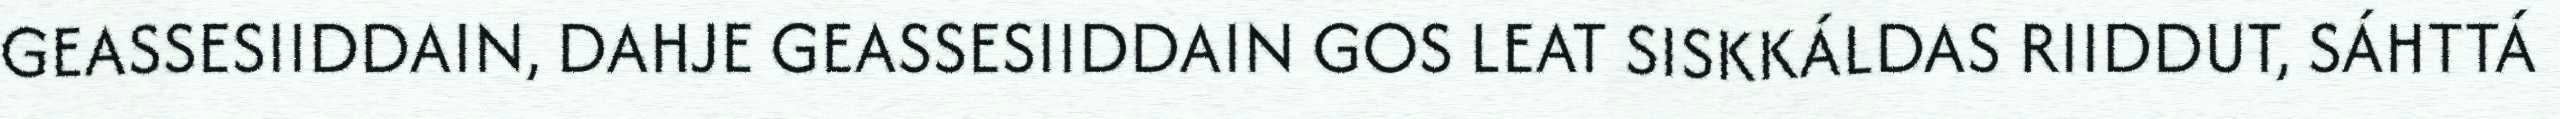
GEASSESIIDDAIN, DAHJE GEASSESIIDDAIN GOS LEAT SISKKÁLDAS RIIDDUT, SÁHTTÁ